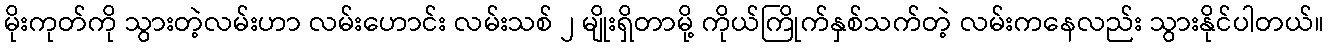
မိုးကုတ်ကို သွားတဲ့လမ်းဟာ လမ်းဟောင်း လမ်းသစ် ၂ မျိုးရှိတာမို့ ကိုယ်ကြိုက်နှစ်သက်တဲ့ လမ်းကနေလည်း သွားနိုင်ပါတယ်။